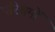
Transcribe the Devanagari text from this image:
परिश्रमों